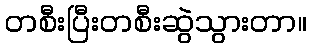
တစီးပြီးတစီးဆွဲသွားတာ။